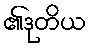
၏ဒုတိယ